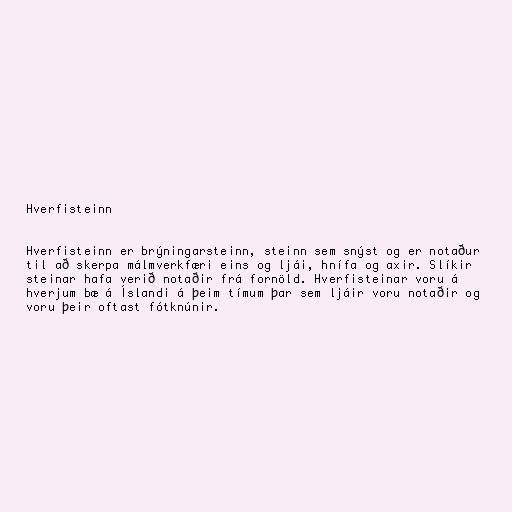
Hverfisteinn

Hverfisteinn er brýningarsteinn, steinn sem snýst og er notaður
til að skerpa málmverkfæri eins og ljái, hnífa og axir. Slíkir
steinar hafa verið notaðir frá fornöld. Hverfisteinar voru á
hverjum bæ á Íslandi á þeim tímum þar sem ljáir voru notaðir og
voru þeir oftast fótknúnir.